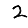
Digit: 2